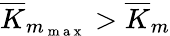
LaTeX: \overline{{K}}_{m_{\mathrm{~m~a~x~}}}>\overline{{K}}_{m}